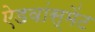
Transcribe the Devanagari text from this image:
ऐडवांस्मेंट